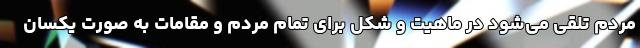
مردم تلقی می‌شود در ماهیت و شکل برای تمام مردم و مقامات به صورت یکسان